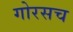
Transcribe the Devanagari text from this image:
गोरसच